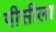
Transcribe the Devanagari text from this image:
पीसीला